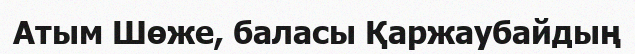
Атым Шөже, баласы Қаржаубайдың